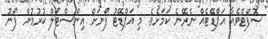
ސޮފްޓްވެއާ އަޕްޑޭޓެއް ނެރޭނެ ކަމަށެވެ. މި އަޕްޑޭޓު ފޯނަށް އިންސްޓޯލް ކުރުމުން ފޯނު